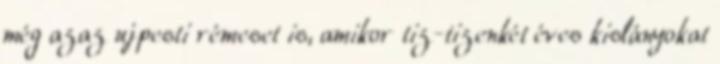
még azaz ujpesti rémeset is, amikor tiz-tizenkét éves kislányokat